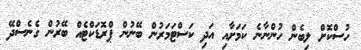
ހުސްކޮށް ލިބެން ހުންނާނެ ކަމަށާއި އަދި ކަސްޓަމަރުން ބޭނުން ޕްރޮޑަކްޓެއް ބޭރުން ގެނެސްދޭ